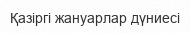
Қазіргі жануарлар дүниесі